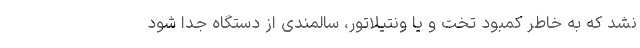
نشد که به خاطر کمبود تخت و یا ونتیلاتور، سالمندی از دستگاه جدا شود